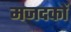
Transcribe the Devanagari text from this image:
मजदकों